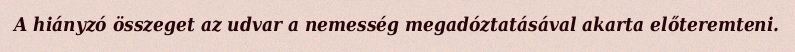
A hiányzó összeget az udvar a nemesség megadóztatásával akarta előteremteni.